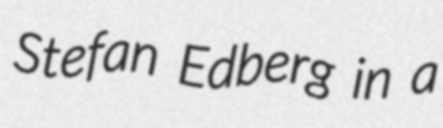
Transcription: Stefan Edberg in a